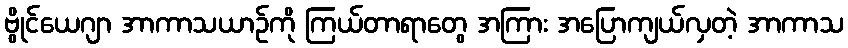
ဗွိုင်ယေဂျာ အာကာသယာဉ်ကို ကြယ်တာရာတွေ အကြား အပြောကျယ်လှတဲ့ အာကာသ